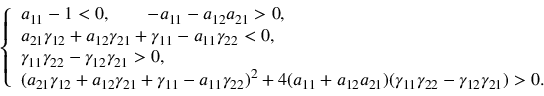
\left\{ \begin{array} { l l } { a _ { 1 1 } - 1 < 0 , \qquad - a _ { 1 1 } - a _ { 1 2 } a _ { 2 1 } > 0 , } \\ { a _ { 2 1 } \gamma _ { 1 2 } + a _ { 1 2 } \gamma _ { 2 1 } + \gamma _ { 1 1 } - a _ { 1 1 } \gamma _ { 2 2 } < 0 , } \\ { \gamma _ { 1 1 } \gamma _ { 2 2 } - \gamma _ { 1 2 } \gamma _ { 2 1 } > 0 , } \\ { ( a _ { 2 1 } \gamma _ { 1 2 } + a _ { 1 2 } \gamma _ { 2 1 } + \gamma _ { 1 1 } - a _ { 1 1 } \gamma _ { 2 2 } ) ^ { 2 } + 4 ( a _ { 1 1 } + a _ { 1 2 } a _ { 2 1 } ) ( \gamma _ { 1 1 } \gamma _ { 2 2 } - \gamma _ { 1 2 } \gamma _ { 2 1 } ) > 0 . } \end{array} \right.